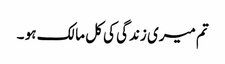
تم میری زندگی کی کل مالک ہو ۔